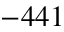
- 4 4 1